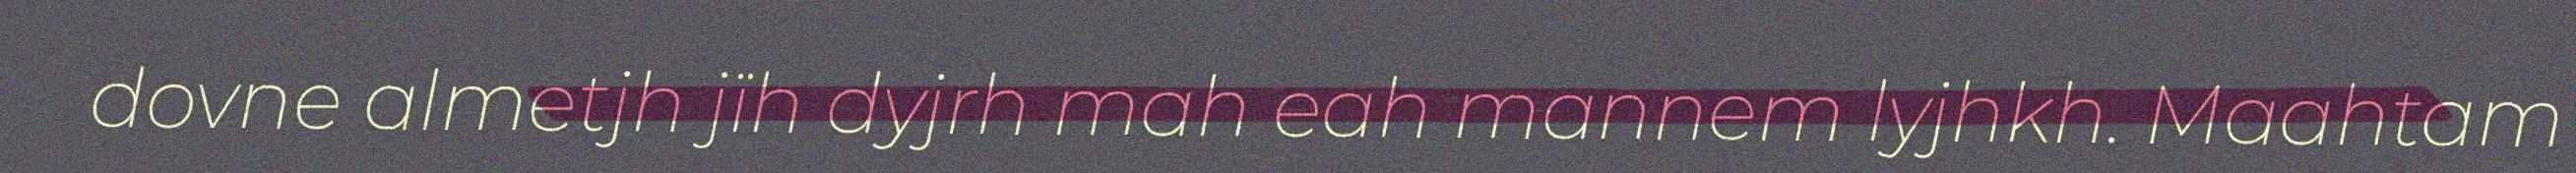
dovne almetjh jïh dyjrh mah eah mannem lyjhkh. Maahtam